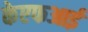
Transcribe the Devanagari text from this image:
केएफआई